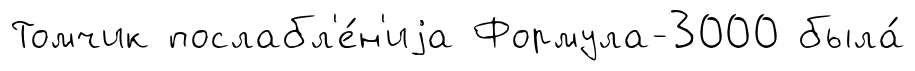
Томчик послабл'е́н'иjа Формула-3000 была́